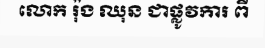
លោក រ៉ុង ឈុន ជាផ្លូវការ ពី